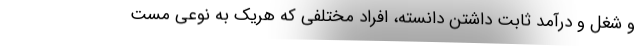
و شغل و درآمد ثابت داشتن دانسته، افراد مختلفی که هریک به نوعی مست